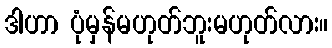
ဒါဟာ ပုံမှန်မဟုတ်ဘူးမဟုတ်လား။